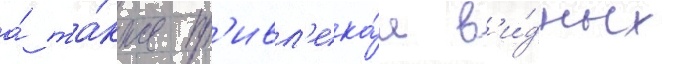
а́ та́кже пр'ивл'ека́я в'и́дных